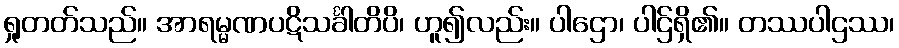
ရှုတတ်သည်။ အာရမ္မဏပဋိသင်္ခါတိပိ၊ ဟူ၍လည်း။ ပါဌော၊ ပါဌ်ရှိ၏။ တဿပါဌဿ၊